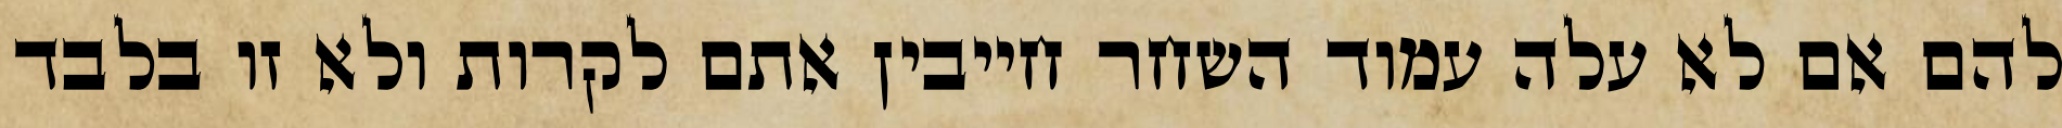
להם אם לא עלה עמוד השחר חייבין אתם לקרות ולא זו בלבד